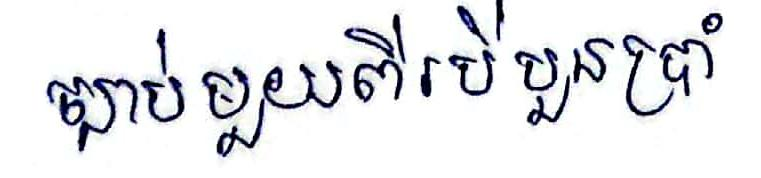
ច្បាប់មួយពីរបីបួនប្រាំ